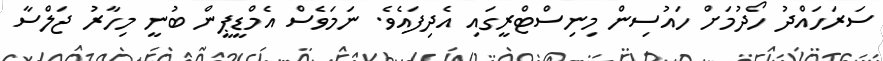
ސަރަހައްދު ހޯދުމަށް ހައުސިން މިނިސްޓްރީގައި އެދިފައެވެ. ނަމަވެސް އެމްޑީޕީން ބުނީ މިހާރު ޖަލްސާ